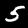
Digit: 5